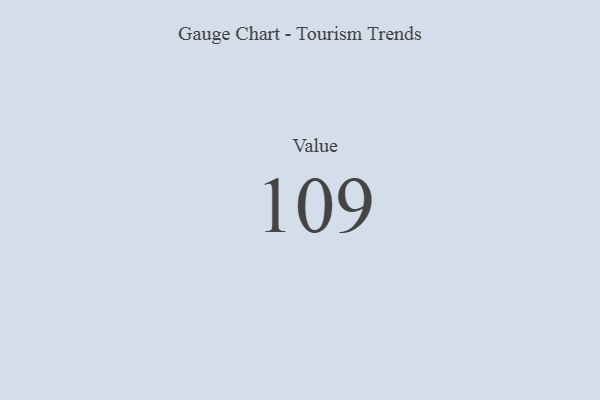
{"axis": {"x": "Metric", "y": "Value"}, "legend": [""], "data": [{"x": "Value", "y": 109, "type": ""}]}